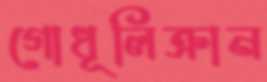
গোধূলিক্রান